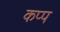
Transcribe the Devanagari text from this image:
कप्प